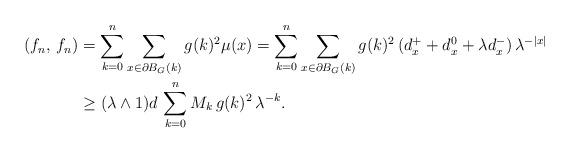
LaTeX: \begin{align*} (f_n, \, f_n) &=\sum_{k=0}^n \sum_{x\in\partial B_G(k)} g(k)^2 \mu(x) = \sum_{k=0}^n\sum_{x\in\partial B_G(k)} g(k)^2\, (d_x^++d_x^0+\lambda d_x^-) \, \lambda^{-|x|} \\ &\ge (\lambda\wedge 1) d\, \sum_{k=0}^n M_k\, g(k)^2 \, \lambda^{-k}.\end{align*}